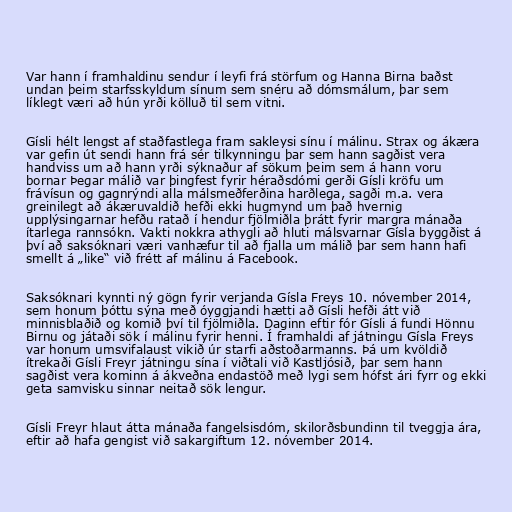
Var hann í framhaldinu sendur í leyfi frá störfum og Hanna Birna baðst
undan þeim starfsskyldum sínum sem snéru að dómsmálum, þar sem
líklegt væri að hún yrði kölluð til sem vitni.

Gísli hélt lengst af staðfastlega fram sakleysi sínu í málinu. Strax og ákæra
var gefin út sendi hann frá sér tilkynningu þar sem hann sagðist vera
handviss um að hann yrði sýknaður af sökum þeim sem á hann voru
bornar Þegar málið var þingfest fyrir héraðsdómi gerði Gísli kröfu um
frávísun og gagnrýndi alla málsmeðferðina harðlega, sagði m.a. vera
greinilegt að ákæruvaldið hefði ekki hugmynd um það hvernig
upplýsingarnar hefðu ratað í hendur fjölmiðla þrátt fyrir margra mánaða
ítarlega rannsókn. Vakti nokkra athygli að hluti málsvarnar Gísla byggðist á
því að saksóknari væri vanhæfur til að fjalla um málið þar sem hann hafi
smellt á „like“ við frétt af málinu á Facebook.

Saksóknari kynnti ný gögn fyrir verjanda Gísla Freys 10. nóvember 2014,
sem honum þóttu sýna með óyggjandi hætti að Gísli hefði átt við
minnisblaðið og komið því til fjölmiðla. Daginn eftir fór Gísli á fundi Hönnu
Birnu og játaði sök í málinu fyrir henni. Í framhaldi af játningu Gísla Freys
var honum umsvifalaust vikið úr starfi aðstoðarmanns. Þá um kvöldið
ítrekaði Gísli Freyr játningu sína í viðtali við Kastljósið, þar sem hann
sagðist vera kominn á ákveðna endastöð með lygi sem hófst ári fyrr og ekki
geta samvisku sinnar neitað sök lengur.

Gísli Freyr hlaut átta mánaða fangelsisdóm, skilorðsbundinn til tveggja ára,
eftir að hafa gengist við sakargiftum 12. nóvember 2014.